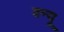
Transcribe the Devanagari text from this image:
क्न्यू